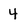
Character: 4